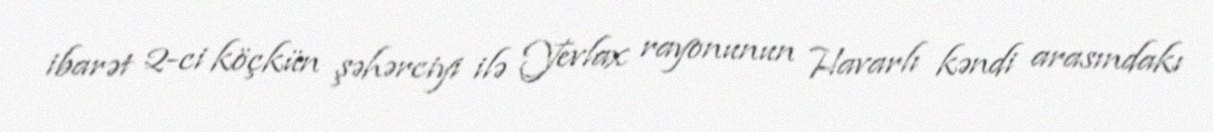
ibarət 2-ci köçkün şəhərciyi ilə Yevlax rayonunun Havarlı kəndi arasındakı